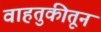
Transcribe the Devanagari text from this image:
वाहतुकीतून